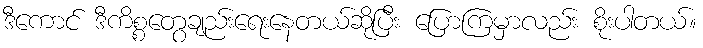
ဒီကောင် ဒီကိစ္စတွေချည်းရေးနေတယ်ဆိုပြီး ပြောကြမှာလည်း စိုးပါတယ်။